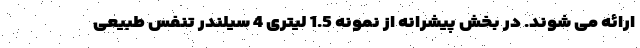
ارائه می شوند. در بخش پیشرانه از نمونه 1.5 لیتری 4 سیلندر تنفس طبیعی